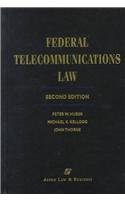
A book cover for Federal Telecommunications Law; Peter W. Huber; Law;